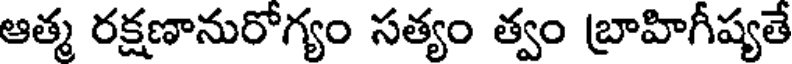
ఆత్మ రక్షణానురోగ్యం సత్యం త్వం బ్రాహిగీష్యతే